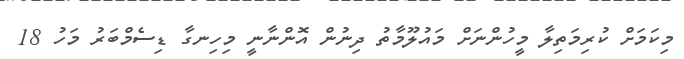
މިކަމަށް ކުރިމަތިލާ މީހުންނަށް މައުލޫމާތު ދިނުން އޮންނާނީ މިހިނގާ ޑިސެމްބަރު މަހު 18